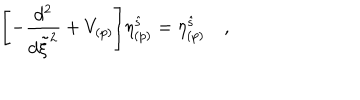
LaTeX: \Biggl [ - { \frac { d ^ { 2 } } { d \tilde { \xi } ^ { 2 } } } + V _ { ( p ) } \Biggl ] \eta _ { ( p ) } ^ { \hat { s } } = \eta _ { ( p ) } ^ { \hat { s } } \quad ,